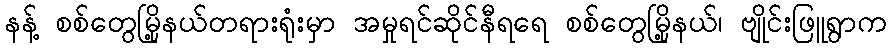
နန့် စစ်တွေမြို့နယ်တရားရုံးမှာ အမှုရင်ဆိုင်နီရရေ စစ်တွေမြို့နယ်၊ ဗျိုင်းဖြူရွာက